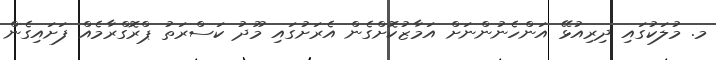
މ. މުލަކުގައި ދިރިއުޅޭ އަންހެނުންނަށް އަމާޒުކޮށްގެން އެރަށުގައި މޫދު ކަސްރަތު ޕްރޮގްރާމެއް ފަށައިގެން